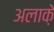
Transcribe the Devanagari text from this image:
अलाक़े